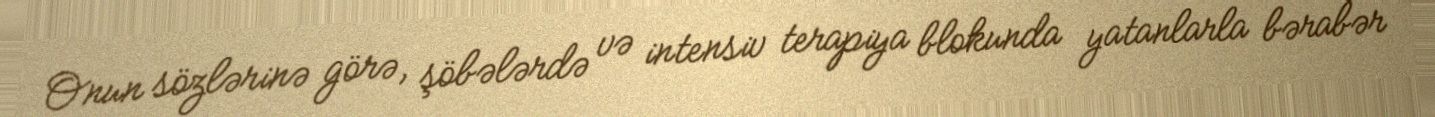
Onun sözlərinə görə, şöbələrdə və intensiv terapiya blokunda yatanlarla bərabər